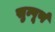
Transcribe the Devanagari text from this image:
सुम्पूर्ण